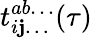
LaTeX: t_{i\mathbf{j}\dots}^{ab\dots}(\tau)